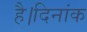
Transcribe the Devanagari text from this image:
है।दिनांक